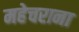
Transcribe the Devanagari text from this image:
महेचराना